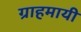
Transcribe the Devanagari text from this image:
ग्राहमायी